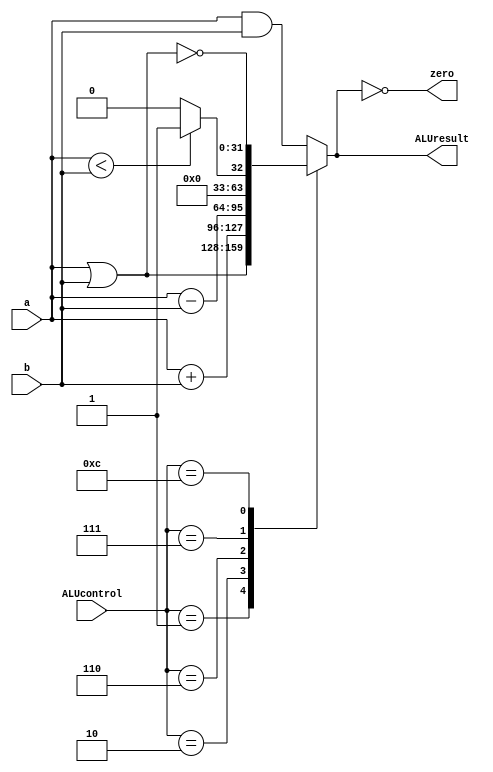
`ifndef __VE370__ALU__
`define __VE370__ALU__
module alu(
    input [3:0] ALUcontrol, 
    input [31:0] a, b, 
    output zero, 
    output reg [31:0] ALUresult 
);


initial begin
        ALUresult = 32'b0;
    end
always @(*) begin
    case (ALUcontrol)
        4'b0000: // and 
        ALUresult = a & b;
        4'b0001: // or
        ALUresult = a | b;
        4'b0010: // add
        ALUresult = a + b;
        4'b0110: // sub
        ALUresult = a - b;
        4'b0111: // slt
        ALUresult = (a < b) ? 1 : 0;
        4'b1100: // nor
        ALUresult = ~(a | b);
        default: 
        ALUresult = a & b;
    endcase
end

assign zero = (ALUresult == 0);

endmodule 
`endif